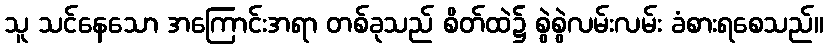
သူ သင်နေသော အကြောင်းအရာ တစ်ခုသည် စိတ်ထဲ၌ စွဲစွဲလမ်းလမ်း ခံစားရစေသည်။